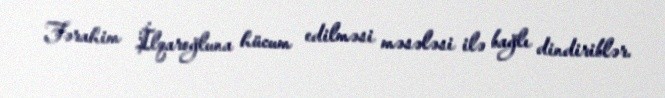
Fərahim İlqaroğluna hücum edilməsi məsələsi ilə bağlı dindiriblər.